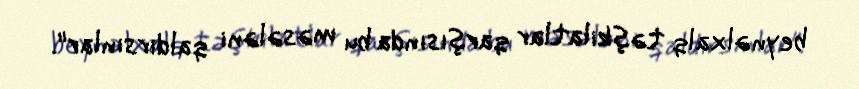
beynəlxalq təşkilatlar qarşısında bu məsələni qaldırsınlar".